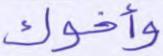
وأخوك